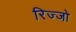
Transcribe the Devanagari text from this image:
रिज्‍जो